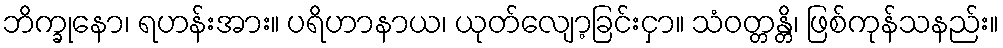
ဘိက္ခုနော၊ ရဟန်းအား။ ပရိဟာနာယ၊ ယုတ်လျော့ခြင်းငှာ။ သံဝတ္တန္တိ၊ ဖြစ်ကုန်သနည်း။